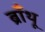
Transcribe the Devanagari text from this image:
ब्राँथू